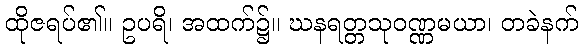
ထိုဇရပ်၏။ ဥပရိ၊ အထက်၌။ ဃနရတ္တသုဝဏ္ဏမယာ၊ တခဲနက်